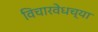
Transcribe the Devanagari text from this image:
विचारवेधच्या